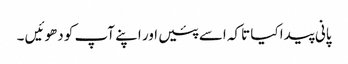
پانی پیدا کیا تاکہ اسے پئیں اور اپنے آپ کو دھوئیں ۔